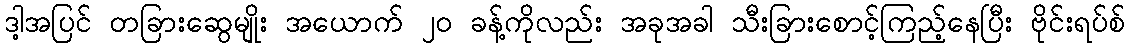
ဒါ့အပြင် တခြားဆွေမျိုး အယောက် ၂၀ ခန့်ကိုလည်း အခုအခါ သီးခြားစောင့်ကြည့်နေပြီး ဗိုင်းရပ်စ်